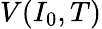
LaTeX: V(I_{0},T)